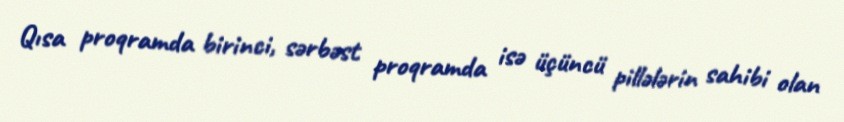
Qısa proqramda birinci, sərbəst proqramda isə üçüncü pillələrin sahibi olan